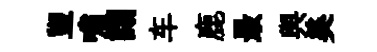
盥嘯詡车鹿最舆美